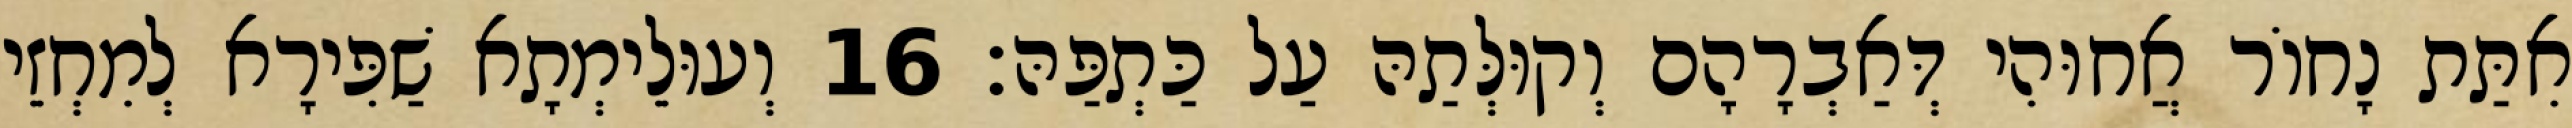
אִתַּת נָחוֹר אֲחוּהִי דְּאַבְרָהָם וְקוּלְּתַהּ עַל כַּתְפַּהּ׃ 16 וְעוּלֵימְתָא שַׁפִּירָא לְמִחְזֵי